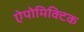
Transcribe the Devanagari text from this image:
ऐपोमिक्टिक